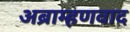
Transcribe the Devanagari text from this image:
अब्राम्हणवाद